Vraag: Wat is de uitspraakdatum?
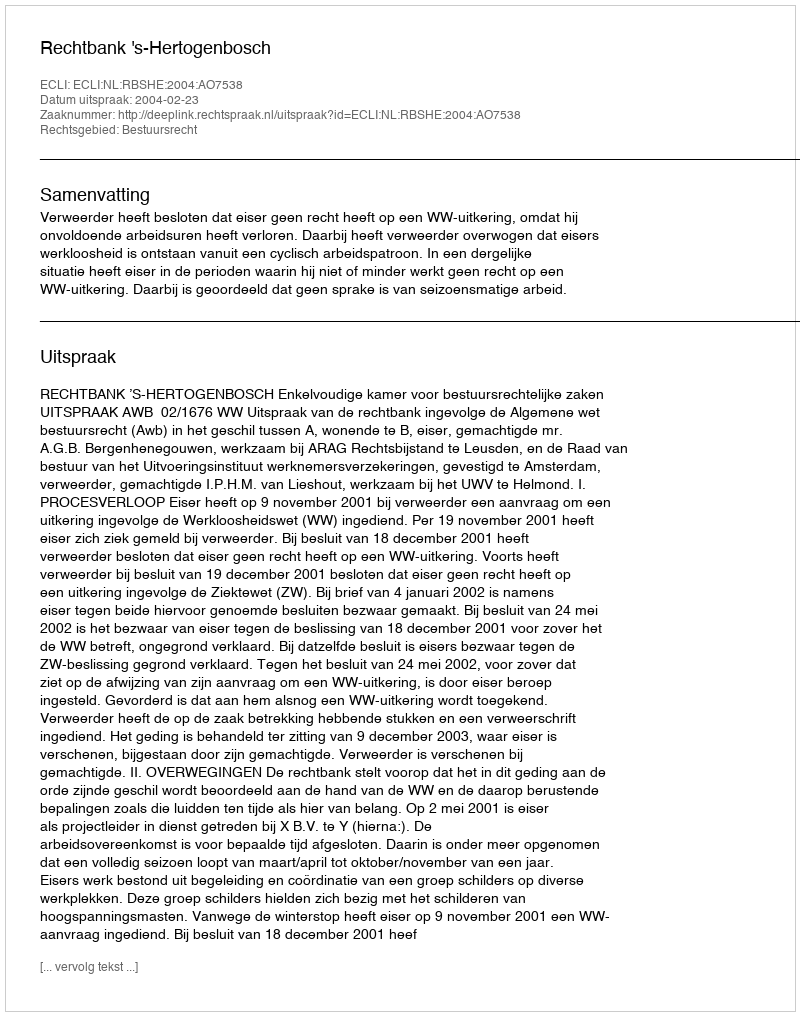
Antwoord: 2004-02-23